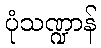
ပုံသဏ္ဍာန်